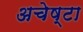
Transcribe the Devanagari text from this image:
अचेष्टा